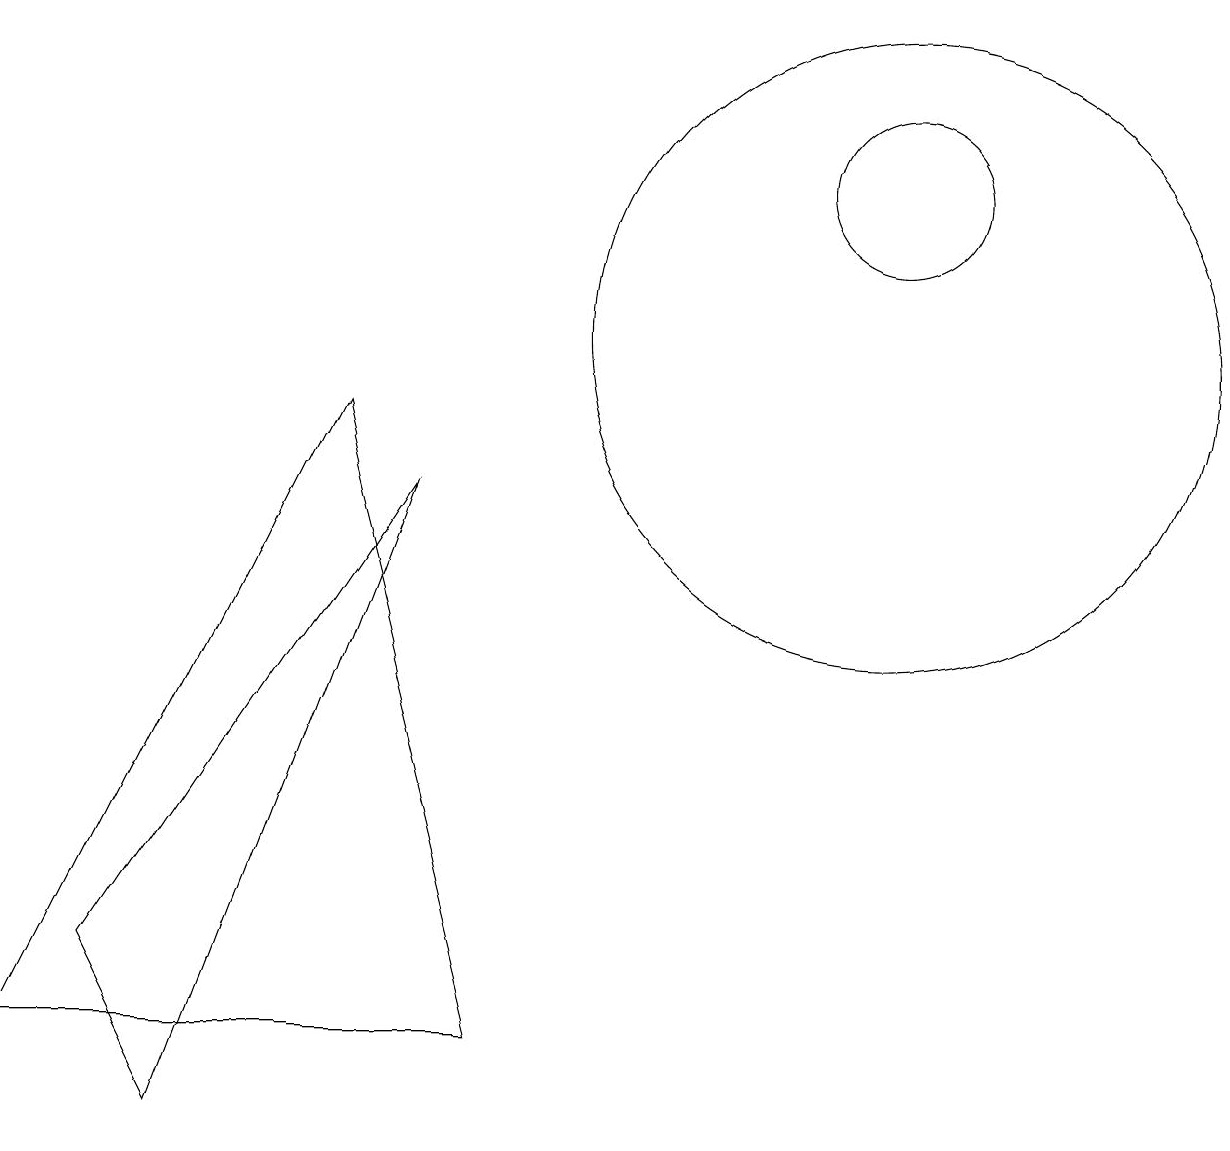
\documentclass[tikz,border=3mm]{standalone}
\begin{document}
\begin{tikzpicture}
\draw (5,9) -- (1,1) -- (7,1) -- cycle;
\draw (2,2) -- (3,0) -- (6,8) -- cycle;
\draw (12,10) circle (4);
\draw (12,12) circle (1);
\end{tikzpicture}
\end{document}